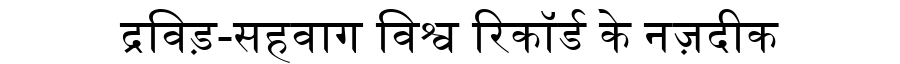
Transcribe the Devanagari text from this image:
द्रविड़-सहवाग विश्व रिकॉर्ड के नज़दीक